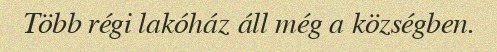
Több régi lakóház áll még a községben.